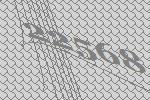
22568